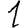
Digit: 1